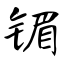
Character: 镅